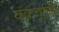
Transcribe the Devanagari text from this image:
वक्रदृष्टी